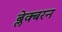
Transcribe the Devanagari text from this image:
ब्लेक्बरन